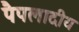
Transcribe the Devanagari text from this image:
पैपलादीय